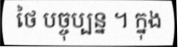
ថៃ បច្ចុប្បន្ន ។ ក្នុង